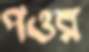
পওর